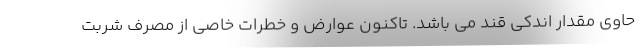
حاوی مقدار اندکی قند می باشد. تاکنون عوارض و خطرات خاصی از مصرف شربت